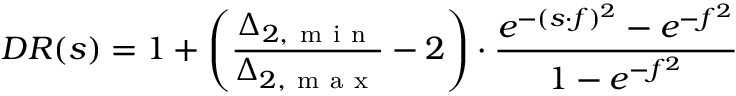
D R ( s ) = 1 + \left( \frac { \Delta _ { 2 , \mathrm { ~ m ~ i ~ n ~ } } } { \Delta _ { 2 , \mathrm { ~ m ~ a ~ x ~ } } } - 2 \right) \cdot \frac { e ^ { - ( s \cdot f ) ^ { 2 } } - e ^ { - f ^ { 2 } } } { 1 - e ^ { - f ^ { 2 } } }